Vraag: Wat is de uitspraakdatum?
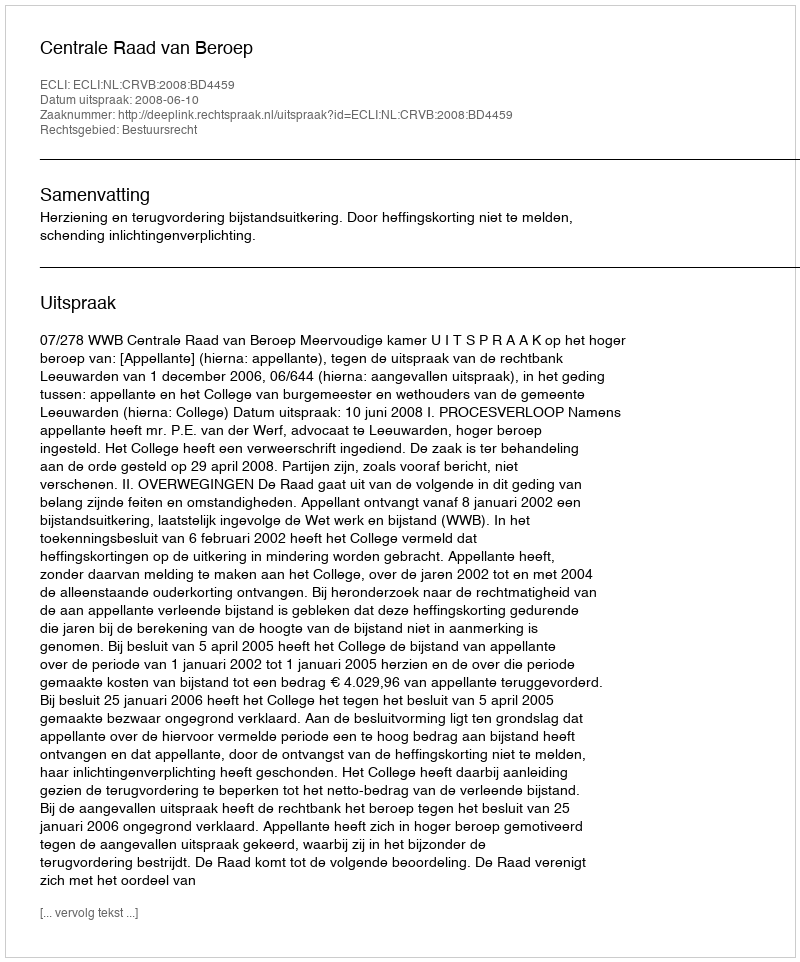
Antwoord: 2008-06-10